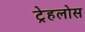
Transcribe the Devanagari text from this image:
ट्रेहलोस